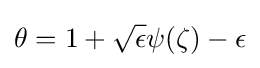
\theta =1+{\sqrt {\epsilon }}\psi (\zeta )-\epsilon